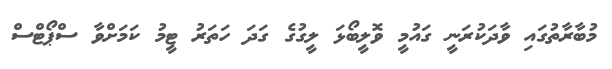
މުބާރާތުގައި ވާދަކުރަނީ ގައުމީ ވޮލީބޯޅަ ލީގުގެ ގަދަ ހަތަރު ޓީމު ކަމަށްވާ ސްޕޯޓްސް